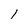
Character: 1